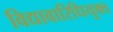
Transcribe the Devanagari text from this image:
विद्यावारिधियुक्त